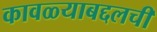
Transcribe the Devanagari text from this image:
कावळ्याबद्दलची